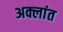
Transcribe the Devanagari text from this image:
अक्लांत